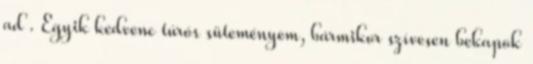
ad . Egyik kedvenc túrós süteményem, bármikor szívesen bekapok